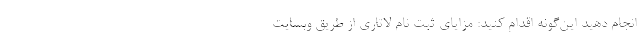
انجام دهید این‌گونه اقدام کنید: مزایای ثبت نام لاتاری از طریق وبسایت